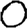
Digit: 0